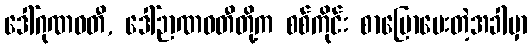
ဒေါ်ဂုဏဝတီ, ဒေါ်ဉာဏဝတီတို့က စစ်ကိုင်း စာပြောပေးတဲ့အခါမှာ